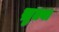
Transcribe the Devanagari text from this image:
ख़ुतबा